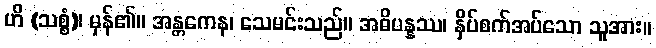
ဟိ (သစ္စံ)၊ မှန်၏။ အန္တကေန၊ သေမင်းသည်။ အဓိပန္နဿ၊ နှိပ်စက်အပ်သော သူအား။